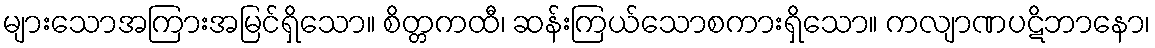
များသောအကြားအမြင်ရှိသော။ စိတ္တကထီ၊ ဆန်းကြယ်သောစကားရှိသော။ ကလျာဏပဋိဘာနော၊